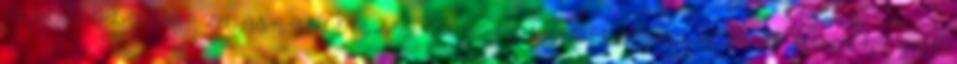
MILEI OLGA GAZDASÁGELEMZÉS, KÜLÖNÖS TEKINTETTEL A FA- ÉS BÚTORIPAR